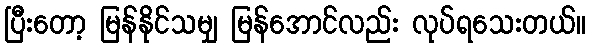
ပြီးတော့ မြန်နိုင်သမျှ မြန်အောင်လည်း လုပ်ရသေးတယ်။